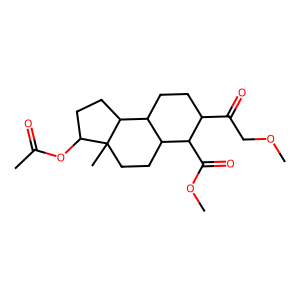
SMILES: COCC(=O)C1CCC2C(CCC3(C)C(OC(C)=O)CCC23)C1C(=O)OC
Inhibits HIV replication: No